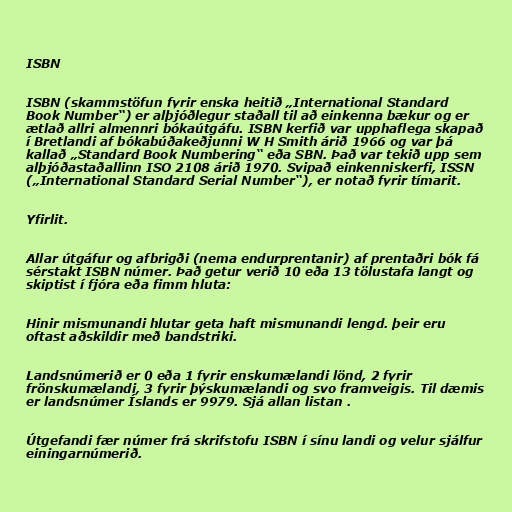
ISBN

ISBN (skammstöfun fyrir enska heitið „International Standard
Book Number“) er alþjóðlegur staðall til að einkenna bækur og er
ætlað allri almennri bókaútgáfu. ISBN kerfið var upphaflega skapað
í Bretlandi af bókabúðakeðjunni W H Smith árið 1966 og var þá
kallað „Standard Book Numbering“ eða SBN. Það var tekið upp sem
alþjóðastaðallinn ISO 2108 árið 1970. Svipað einkenniskerfi, ISSN
(„International Standard Serial Number“), er notað fyrir tímarit.

Yfirlit.

Allar útgáfur og afbrigði (nema endurprentanir) af prentaðri bók fá
sérstakt ISBN númer. Það getur verið 10 eða 13 tölustafa langt og
skiptist í fjóra eða fimm hluta:

Hinir mismunandi hlutar geta haft mismunandi lengd. þeir eru
oftast aðskildir með bandstriki.

Landsnúmerið er 0 eða 1 fyrir enskumælandi lönd, 2 fyrir
frönskumælandi, 3 fyrir þýskumælandi og svo framveigis. Til dæmis
er landsnúmer Íslands er 9979. Sjá allan listan .

Útgefandi fær númer frá skrifstofu ISBN í sínu landi og velur sjálfur
einingarnúmerið.